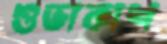
শুভাকাশ